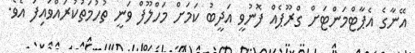
އޭނާގެ އެޕާޓްމަންޓަށް ގްރޫޕެއް ފޮނުވީ އަދީބު ކަމަށް މަހްލޫފް ވަނީ ތުހުމަތުކުރައްވައިފަ އެވެ.